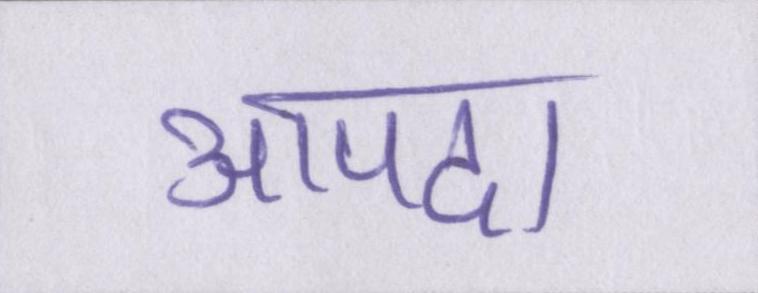
आपदा